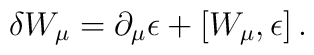
\delta W_\mu = \partial_\mu \epsilon +[W_\mu , \epsilon ]\,.